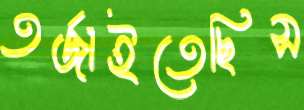
তর্জাইতেছিস